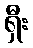
ရှီး